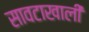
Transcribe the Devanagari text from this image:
सावटाखाली